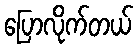
ပြောလိုက်တယ်